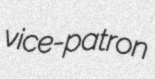
vice-patron